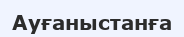
Ауғаныстанға